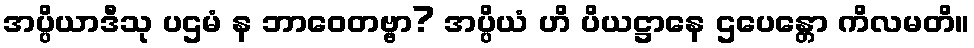
အပ္ပိယာဒီသု ပဌမံ န ဘာဝေတဗ္ဗာ? အပ္ပိယံ ဟိ ပိယဋ္ဌာနေ ဌပေန္တော ကိလမတိ။